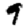
Digit: 9